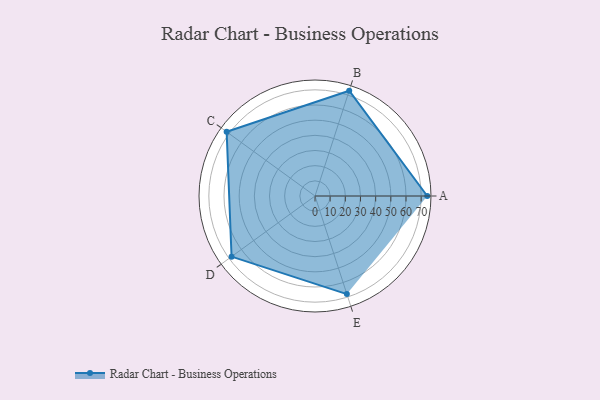
{"axis": {"x": "Skill", "y": "Score"}, "legend": ["Profile"], "data": [{"x": "A", "y": 74.0, "type": "Profile"}, {"x": "B", "y": 73.0, "type": "Profile"}, {"x": "C", "y": 72.0, "type": "Profile"}, {"x": "D", "y": 68.0, "type": "Profile"}, {"x": "E", "y": 68.0, "type": "Profile"}]}